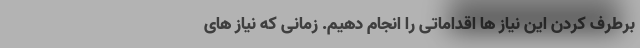
برطرف کردن این نیاز ها اقداماتی را انجام دهیم. زمانی که نیاز های